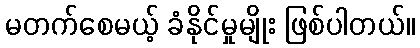
မတက်စေမယ့် ခံနိုင်မှုမျိုး ဖြစ်ပါတယ်။